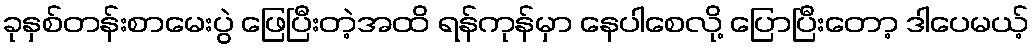
ခုနှစ်တန်းစာမေးပွဲ ဖြေပြီးတဲ့အထိ ရန်ကုန်မှာ နေပါစေလို့ ပြောပြီးတော့ ဒါပေမယ့်